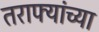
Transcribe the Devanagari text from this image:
तराफ्यांच्या